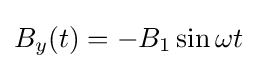
B_{y}(t)=-B_{1}\sin \omega t